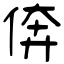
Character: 倴